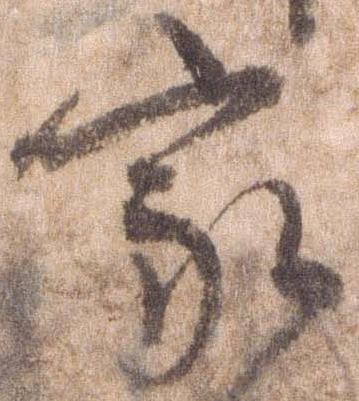
家